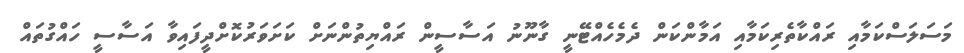
މަސަލަސްކަމާއި ރައްކާތެރިކަމާއި އަމާންކަން ދެމެހެއްޓޭނީ ގާނޫނު އަސާސީން ރައްޔިތުންނަށް ކަށަވަރުކޮށްދީފައިވާ އަސާސީ ހައްގުތައް